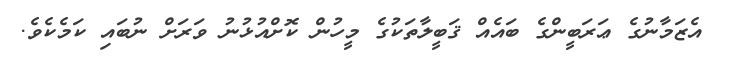
އެޒަމާނުގެ ޢަރަބީންގެ ބައެއް ޤަބީލާތަކުގެ މީހުން ކޮށްއުޅުނު ވަރަށް ނުބައި ކަމެކެވެ.